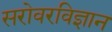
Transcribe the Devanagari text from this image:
सरोवरविज्ञान